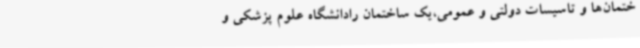
ختمان‌ها و تاسیسات دولتی و عمومی،یک ساختمان رادانشگاه علوم پزشکی و